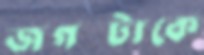
জগত্টাকে